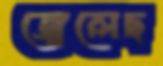
জ্বেলেছ